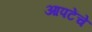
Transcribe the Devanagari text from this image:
आपटेंचे